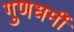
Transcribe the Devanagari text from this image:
गुणधर्मी